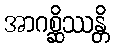
အာဂစ္ဆိဿန္တိ